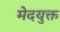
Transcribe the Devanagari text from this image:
मेदयुक्त